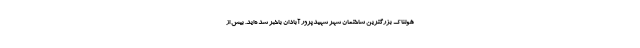
هولناک بزرگترین ساختمان شهر شهیدپرور آبادان باخبر شده‌اید. بیش از